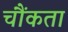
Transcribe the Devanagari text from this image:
चौंकता